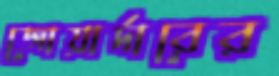
জোয়ার্দারের